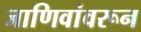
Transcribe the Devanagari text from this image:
जाणिवांवरून